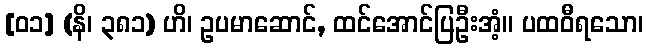
[၀၁] (နိ၊ ၃၈၁) ဟိ၊ ဥပမာဆောင်, ထင်အောင်ပြဦးအံ့။ ပထဝီရသော၊